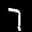
Digit: 7